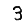
Digit: 3